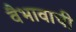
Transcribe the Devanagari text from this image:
वैभावाची